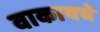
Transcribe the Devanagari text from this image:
वाकायचे